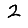
Digit: 2